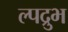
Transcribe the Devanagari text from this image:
ल्पद्रुभ